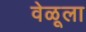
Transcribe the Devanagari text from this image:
वेळूला